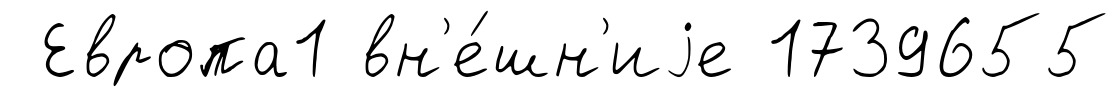
Европа1 вн'е́шн'иjе 1739655